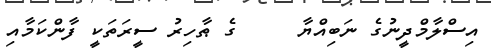
އިސްލާމްދީނުގެ ނަބިއްޔާ     ގެ ޠާހިރު ސީރަތަކީ ފާންކަމާއި